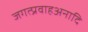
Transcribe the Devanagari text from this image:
जगत्प्रवाहअनादि